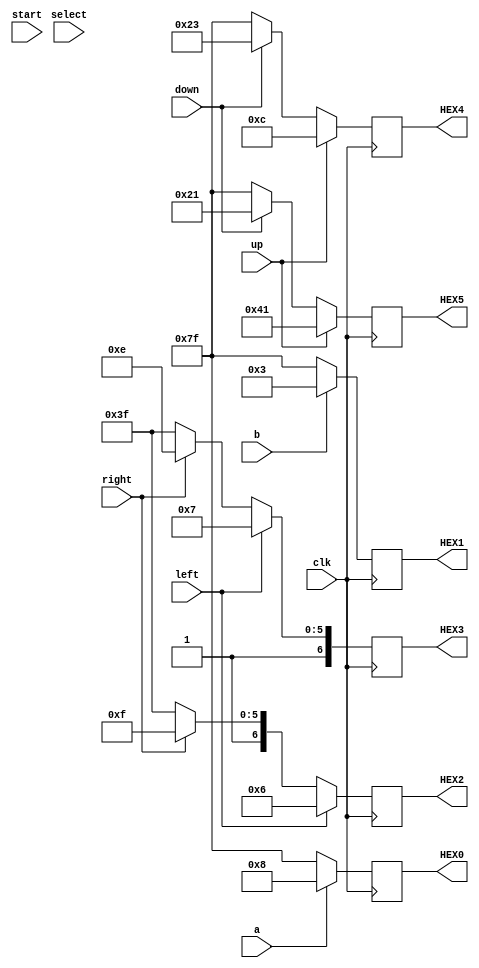
module n8_display (
    input clk,
    input right, left, up, down, select, start, a, b,
    output reg[6:0] HEX0, 
    output reg[6:0] HEX1,
    output reg[6:0] HEX2,
    output reg[6:0] HEX3,
    output reg[6:0] HEX4,
    output reg[6:0] HEX5);

    always @(posedge clk) begin
        // Left hex (up/down)
        if (up == 1) begin
            // UP
            HEX5 = 7'b1000001;
            HEX4 = 7'b0001100;
        end else if (down == 1) begin
            // DO
            HEX5 = 7'b0100001;
            HEX4 = 7'b0100011;
        end else begin
            // off
            HEX5 = 7'b1111111;
            HEX4 = 7'b1111111;
        end
        
        // Middle hex (left/right)
        if (left == 1) begin
            // LE
            HEX3 = 7'b1000111;
            HEX2 = 7'b0000110;
        end else if (right == 1) begin
            // RI
            HEX3 = 7'b1001110;
            HEX2 = 7'b1001111;
        end else begin
            // off
            HEX3 = 7'b1111111;
            HEX2 = 7'b1111111;
        end        
        
        // right hex (A and B)
        if (b == 1) begin
            // B
            HEX1 = 7'b0000011;
        end else begin
            // off
            HEX1 = 7'b1111111;
        end     
        
        if (a == 1) begin
            // A
            HEX0 = 7'b0001000;
        end else begin
            // off
            HEX0 = 7'b1111111;
        end        
        

    end
    
endmodule